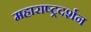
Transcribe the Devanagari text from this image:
महाराष्ट्रदर्शन